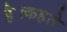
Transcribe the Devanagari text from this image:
है।कहते